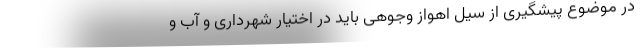
در موضوع پیشگیری از سیل اهواز وجوهی باید در اختیار شهرداری و آب و